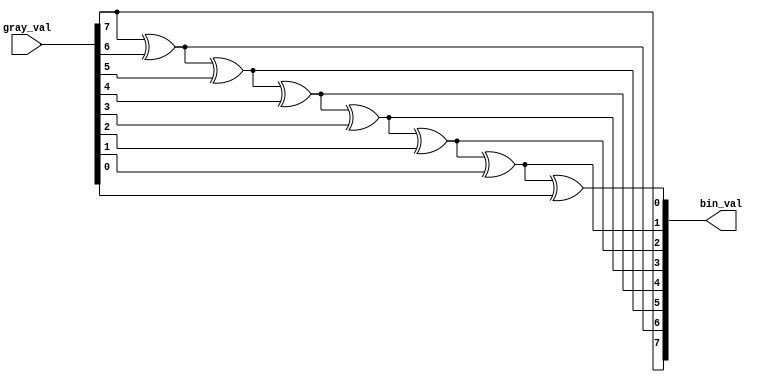
module gray2bin(gray_val,bin_val);
   parameter width = 8;
   input [width-1:0] gray_val;
   output reg [width-1:0] bin_val;
   integer i;
   always @*
     begin
	bin_val[width-1] = gray_val[width-1];
	for(i=width-2;i>=0;i=i-1)
	  bin_val[i] = bin_val[i+1] ^ gray_val[i];
     end
endmodule